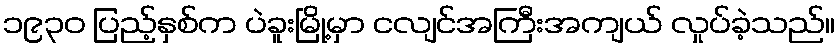
၁၉၃၀ ပြည့်နှစ်က ပဲခူးမြို့မှာ ငလျင်အကြီးအကျယ် လှုပ်ခဲ့သည်။